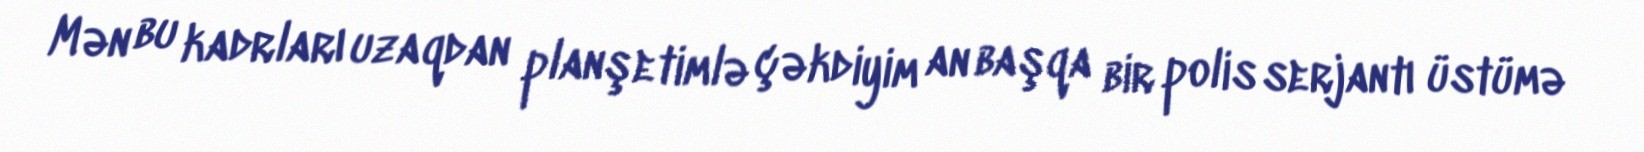
Mən bu kadrları uzaqdan planşetimlə çəkdiyim an başqa bir polis serjantı üstümə